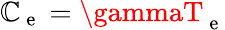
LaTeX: \mathbb{C}_{\mathrm{{~e~}}}=\gammaT_{\mathrm{{~e~}}}